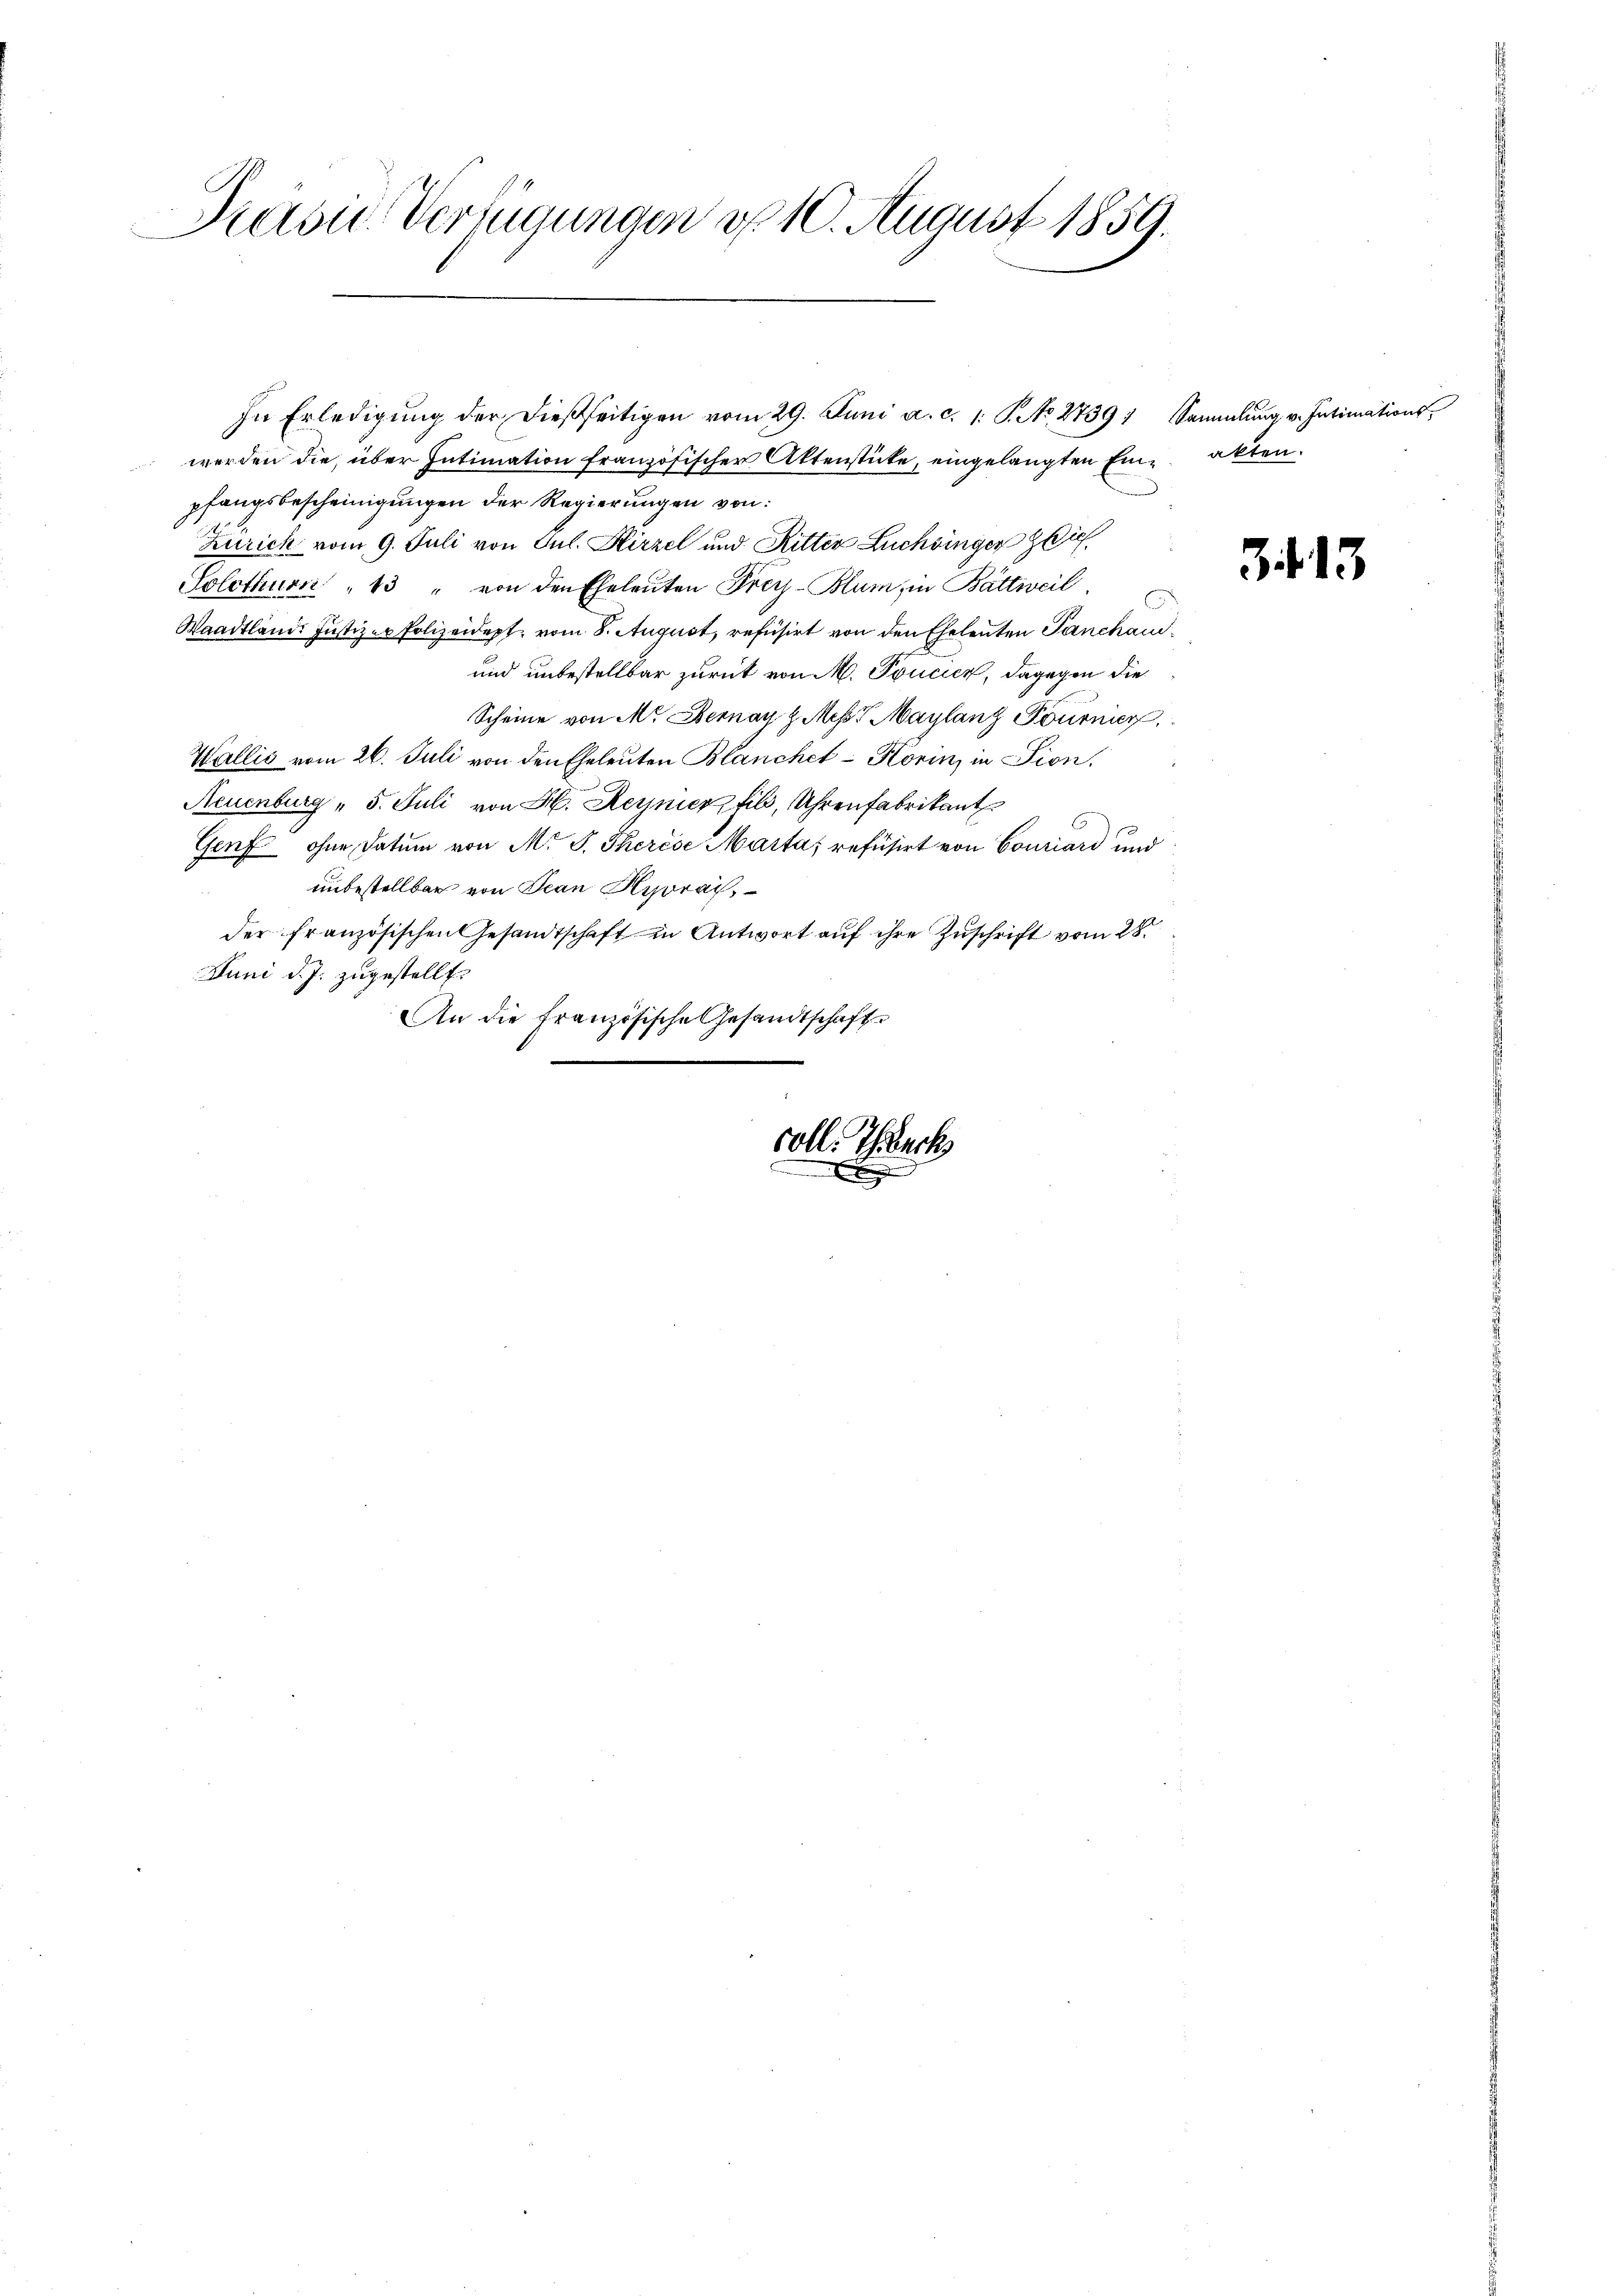
Pravić-Verfügungen d. 10. August 1859.

werden die, über Intimation französischer Aktenstücke, eingelangten Ein- akten.
pfangsbescheinigungen der Regierungen von:
Zürich vom 9. Juli von Jul. Kirzel und Ritter Luchbinger Dich.
Solothurn " 13 " von den Eheleuten Frey-Blum, in Bättweil,
Waadtlände Justizer Polizeidept vom 8. August, refusirt von den Eheleuten Panchan¬
und unbestellbar zurück von M. Toucier, dagegen die
Scheine von Mr. Hernay z Meß Maylanz Pournier
Wallis vom 26. Juli von den Eheleuten Blanchet - Korin in Fion,
Neuenburg " 5. Juli von H. Reynier fil, Uhrenfabrikant
E
Genf ohne Datum von M. J. Therese Marta, refüsirt von Couriari und
unbestellbar von Jean Hydrai
der französischen Gesandtschaft in Antwort auf ihre Zuschrift vom 28.
Juni d. J. zugestellt.
An die Französische Gesandtschaft

In Erledigŭng der dießseitigen vom 29. Juni a. c. 1. S. No. 2739; Sammlung v. Intimations

coll. Tuch
2
e

3413